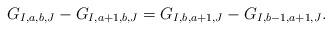
LaTeX: \begin{align*}G_{I,a,b,J} - G_{I,a+1,b,J} = G_{I,b,a+1,J} - G_{I,b-1,a+1,J}.\end{align*}